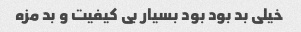
خیلی بد بود بود بسیار بی کیفیت و بد مزه